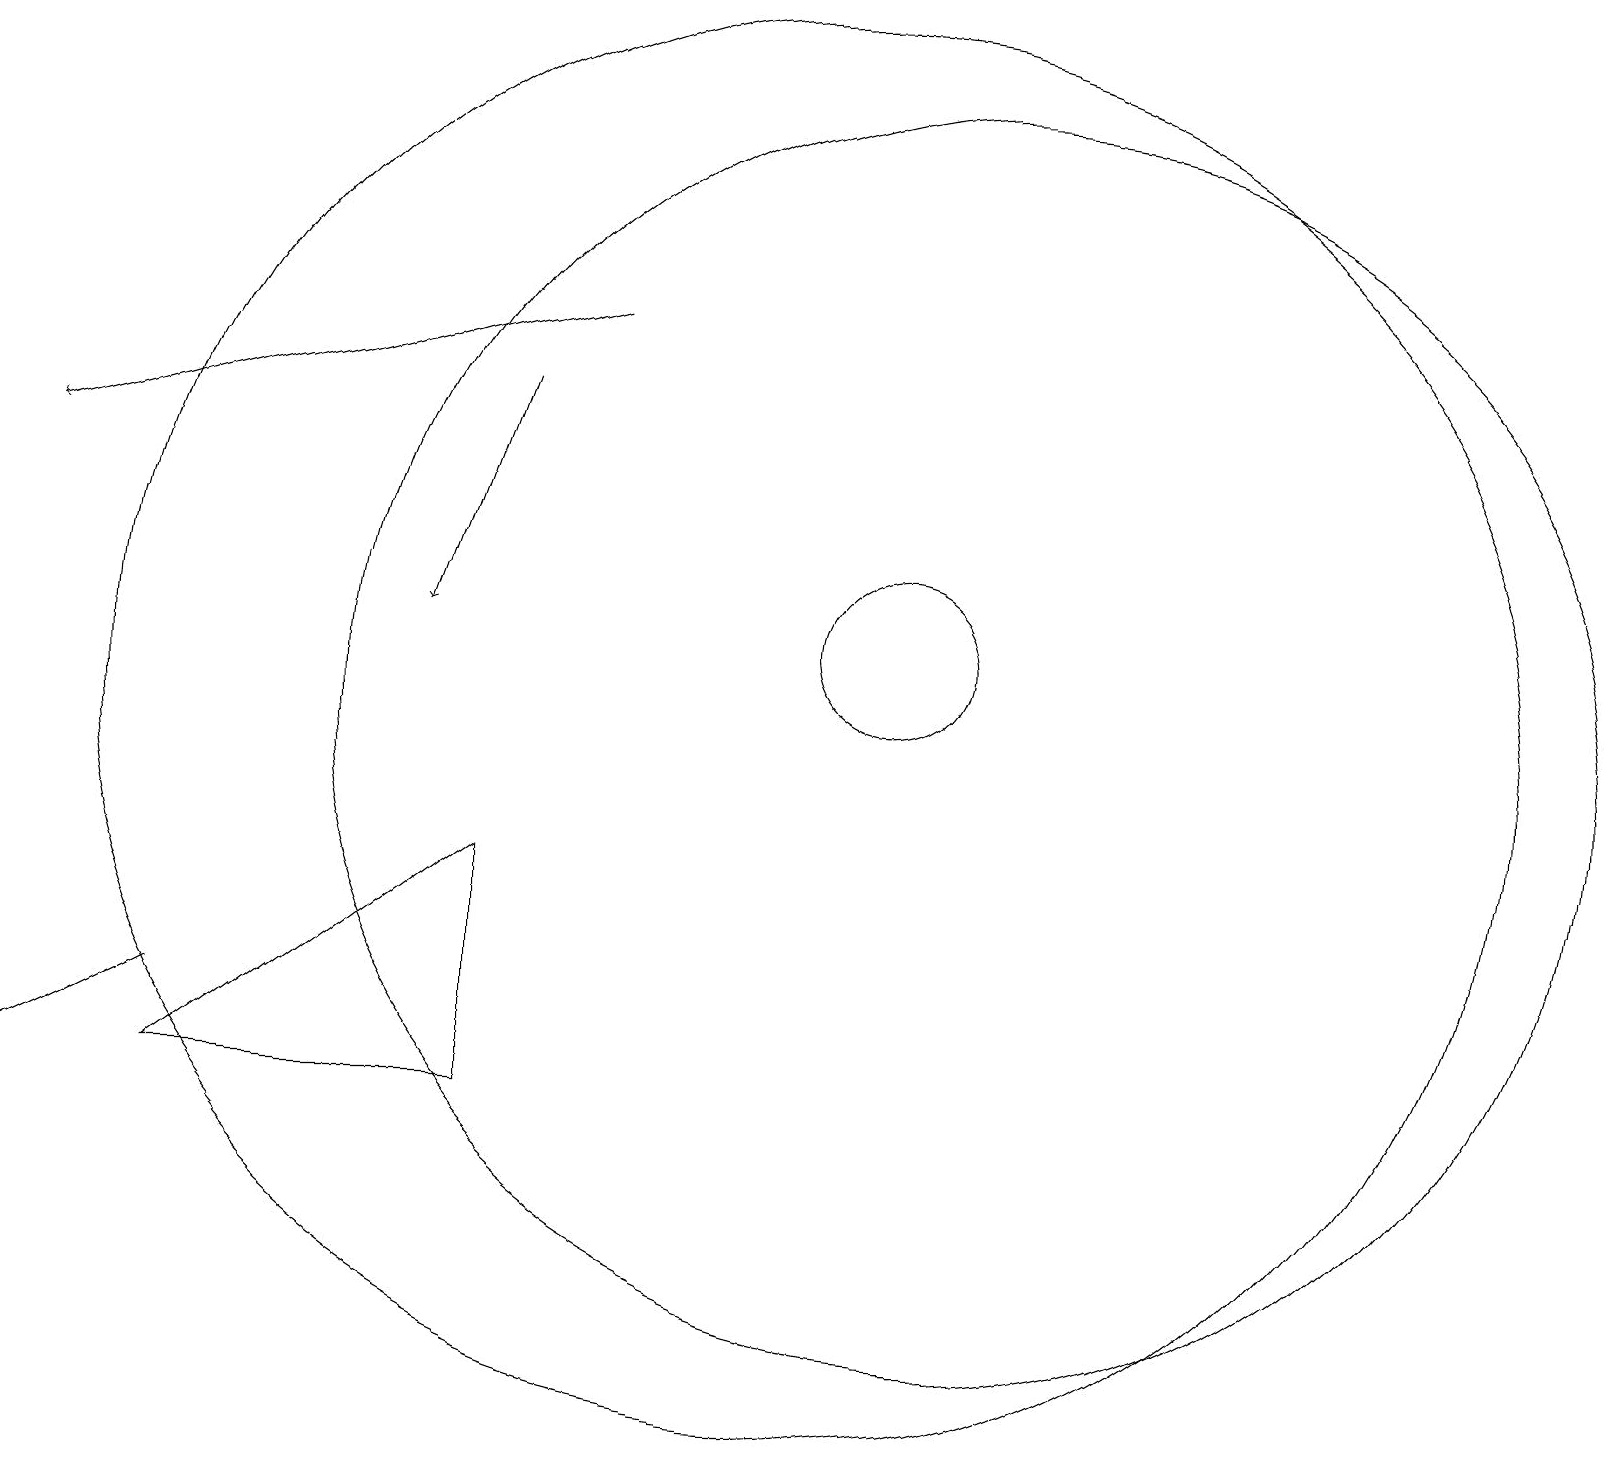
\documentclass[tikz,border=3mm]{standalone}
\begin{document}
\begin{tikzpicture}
\draw (10,11) circle (9);
\draw (11,12) circle (1);
\draw[->] (6,15) -- (5,12);
\draw (0,6) -- (2,7) -- (2,7) -- cycle;
\draw (12,11) circle (8);
\draw[->] (7,16) -- (0,14);
\draw (6,6) -- (2,6) -- (6,9) -- cycle;
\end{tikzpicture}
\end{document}